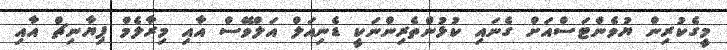
މީގެކުރިން ޔުވެންޓަސްއަށް ގެނައި ކުޅުންތެރިންނަކީ ޑެނިއަލް އަލްވޭސް އާއި މިރާލެމް ޕިޔާނިޗް އާއި